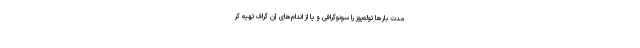
مدت بارها توله‌یوز را سونوگرافی و یا از اندام‌های آن گراف تهیه کر